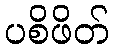
ပစိဖိတ်